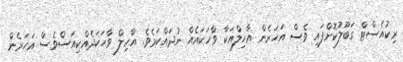
ރިކުއެސްޓް ގަބޫލުކޮށްފައި ވެސް އަހަރެން އާހިލްއަކާ ވާހަކައެއް ނުދައްކަމެވެ. އާހިލް ވާހަކަދެއްކިއަސްވެސް އަހަރެން